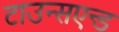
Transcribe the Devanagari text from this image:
टाउन्सएन्ड